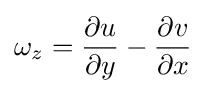
\omega _{z}={\frac {\partial u}{\partial y}}-{\frac {\partial v}{\partial x}}